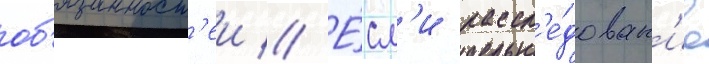
об'язанност'еи // Е́сл'и рассл'е́дован'ие